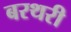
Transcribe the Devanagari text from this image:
बरथरी